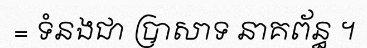
= ទំនងជា ប្រាសាទ នាគព័ន្ធ ។